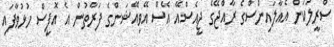
ސްރީލަކަން އެއާލައިންސްގެ ރާއްޖޭގެ ޖީއެސްއޭ އޭސް އޭވިއޭޝަންގެ ފަރާތުން އެ އޮފީސް ހުޅުވާފައި